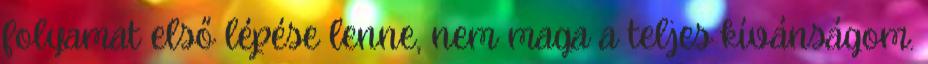
folyamat első lépése lenne, nem maga a teljes kívánságom.